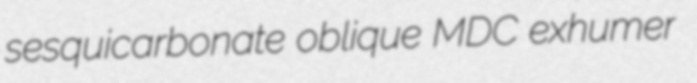
sesquicarbonate oblique MDC exhumer